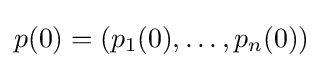
p(0)=(p_{1}(0),\dots ,p_{n}(0))